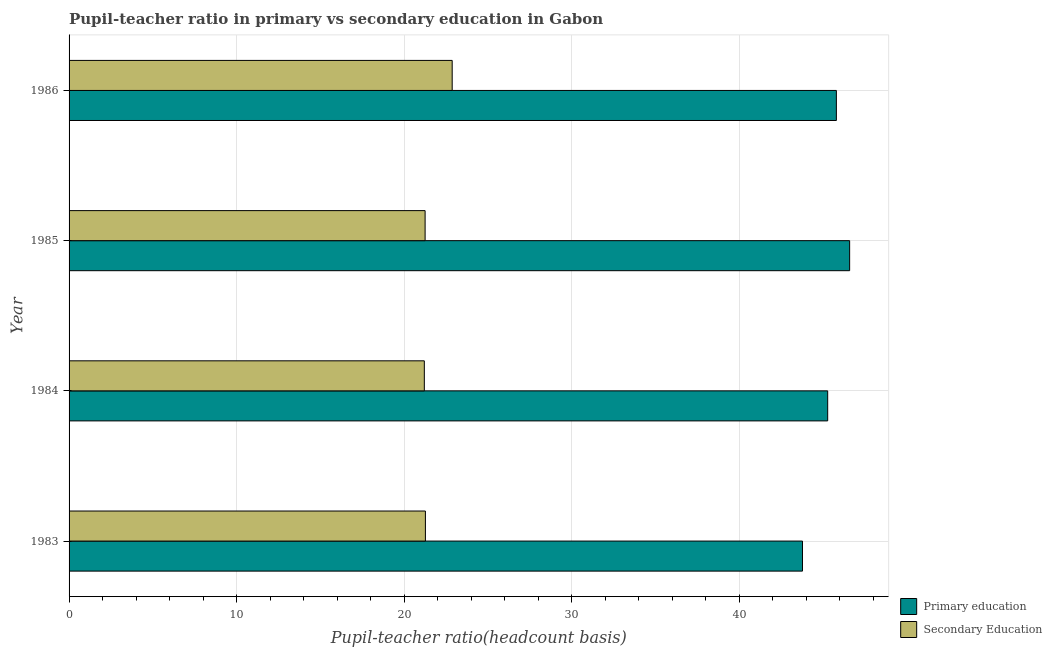
| Year | Primary education | Secondary Education |
 | --- | --- | --- |
 | 1983 | 43.8 | 21.3 |
 | 1984 | 45.3 | 21.2 |
 | 1985 | 46.6 | 21.3 |
 | 1986 | 45.8 | 22.9 |